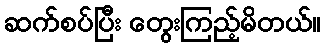
ဆက်စပ်ပြီး တွေးကြည့်မိတယ်။